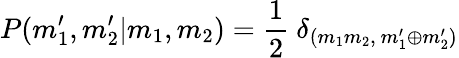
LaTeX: P(m_{1}^{\prime},m_{2}^{\prime}\vert m_{1},m_{2})=\frac{1}{2}~\delta_{(m_{1}m_{2},~m_{1}^{\prime}\oplus m_{2}^{\prime})}